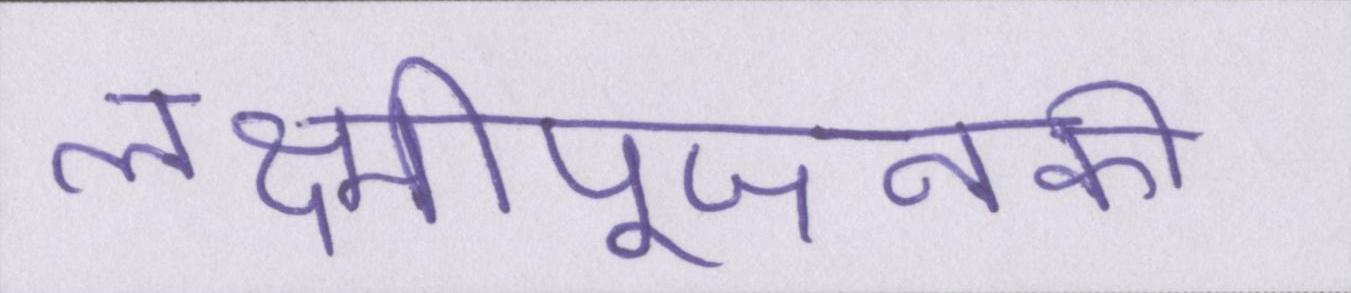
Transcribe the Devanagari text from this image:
लक्ष्मीपूजनकी